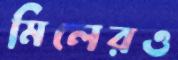
মিলেরও